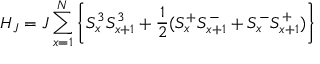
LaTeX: H _ { J } = J \sum _ { x = 1 } ^ { N } \left\{ S _ { x } ^ { 3 } S _ { x + 1 } ^ { 3 } + \frac { 1 } { 2 } ( S _ { x } ^ { + } S _ { x + 1 } ^ { - } + S _ { x } ^ { - } S _ { x + 1 } ^ { + } ) \right\}